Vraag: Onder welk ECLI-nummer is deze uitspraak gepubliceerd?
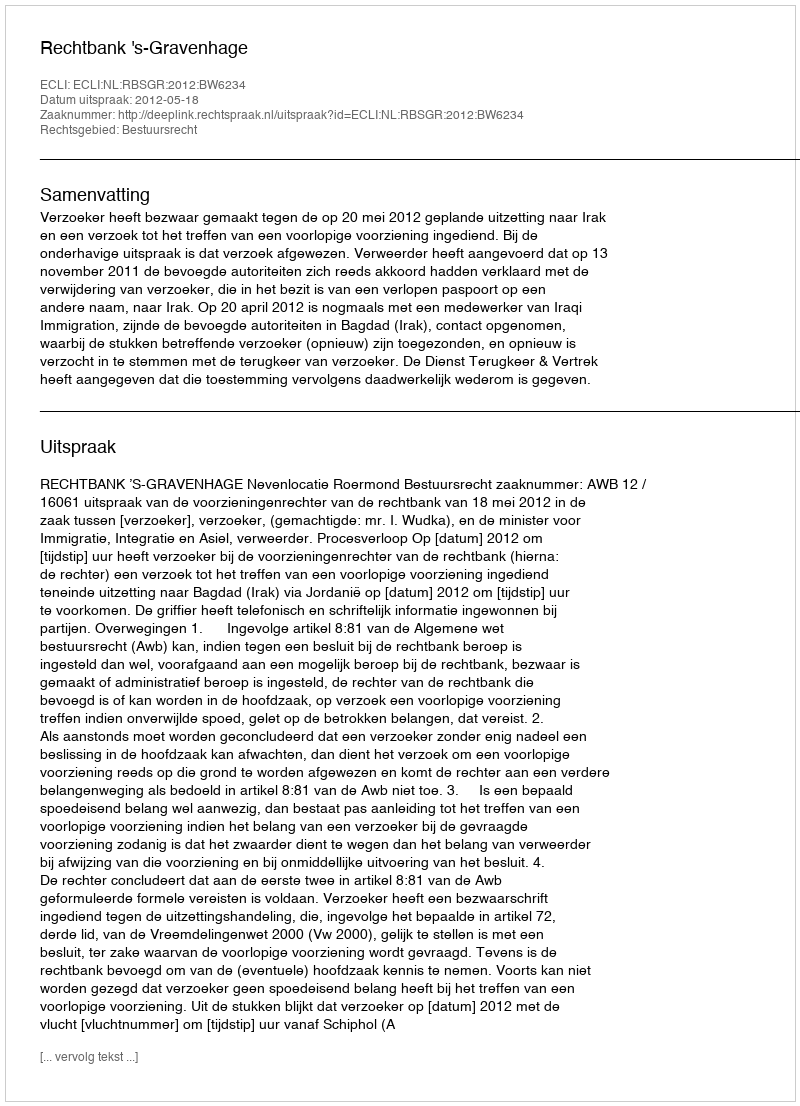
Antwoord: ECLI:NL:RBSGR:2012:BW6234